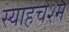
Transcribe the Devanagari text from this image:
स्याहचश्म